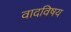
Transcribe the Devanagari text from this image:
वादविषय